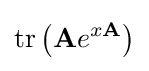
\operatorname {tr} \left(\mathbf {A} e^{x\mathbf {A} }\right)